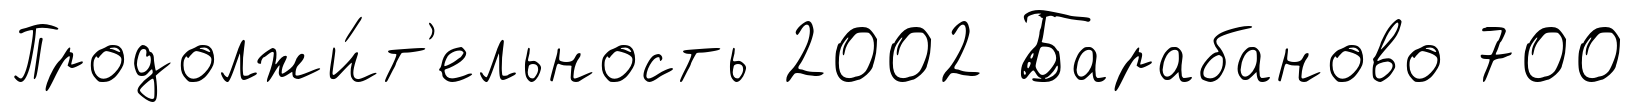
Продолжи́т'ельность 2002 Барабаново 700